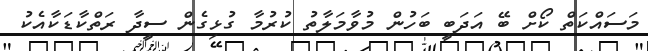
މަސައްކަތް ކޯށް ބޭ އަދަބީ ބަހުން މުވާމަލާތު ކުރުމާ ގުޅިގެން ސީދާ ރަތްކާޑަކާއެކު